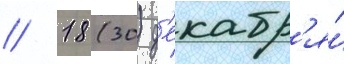
// 18 (30) д'екабр'я́